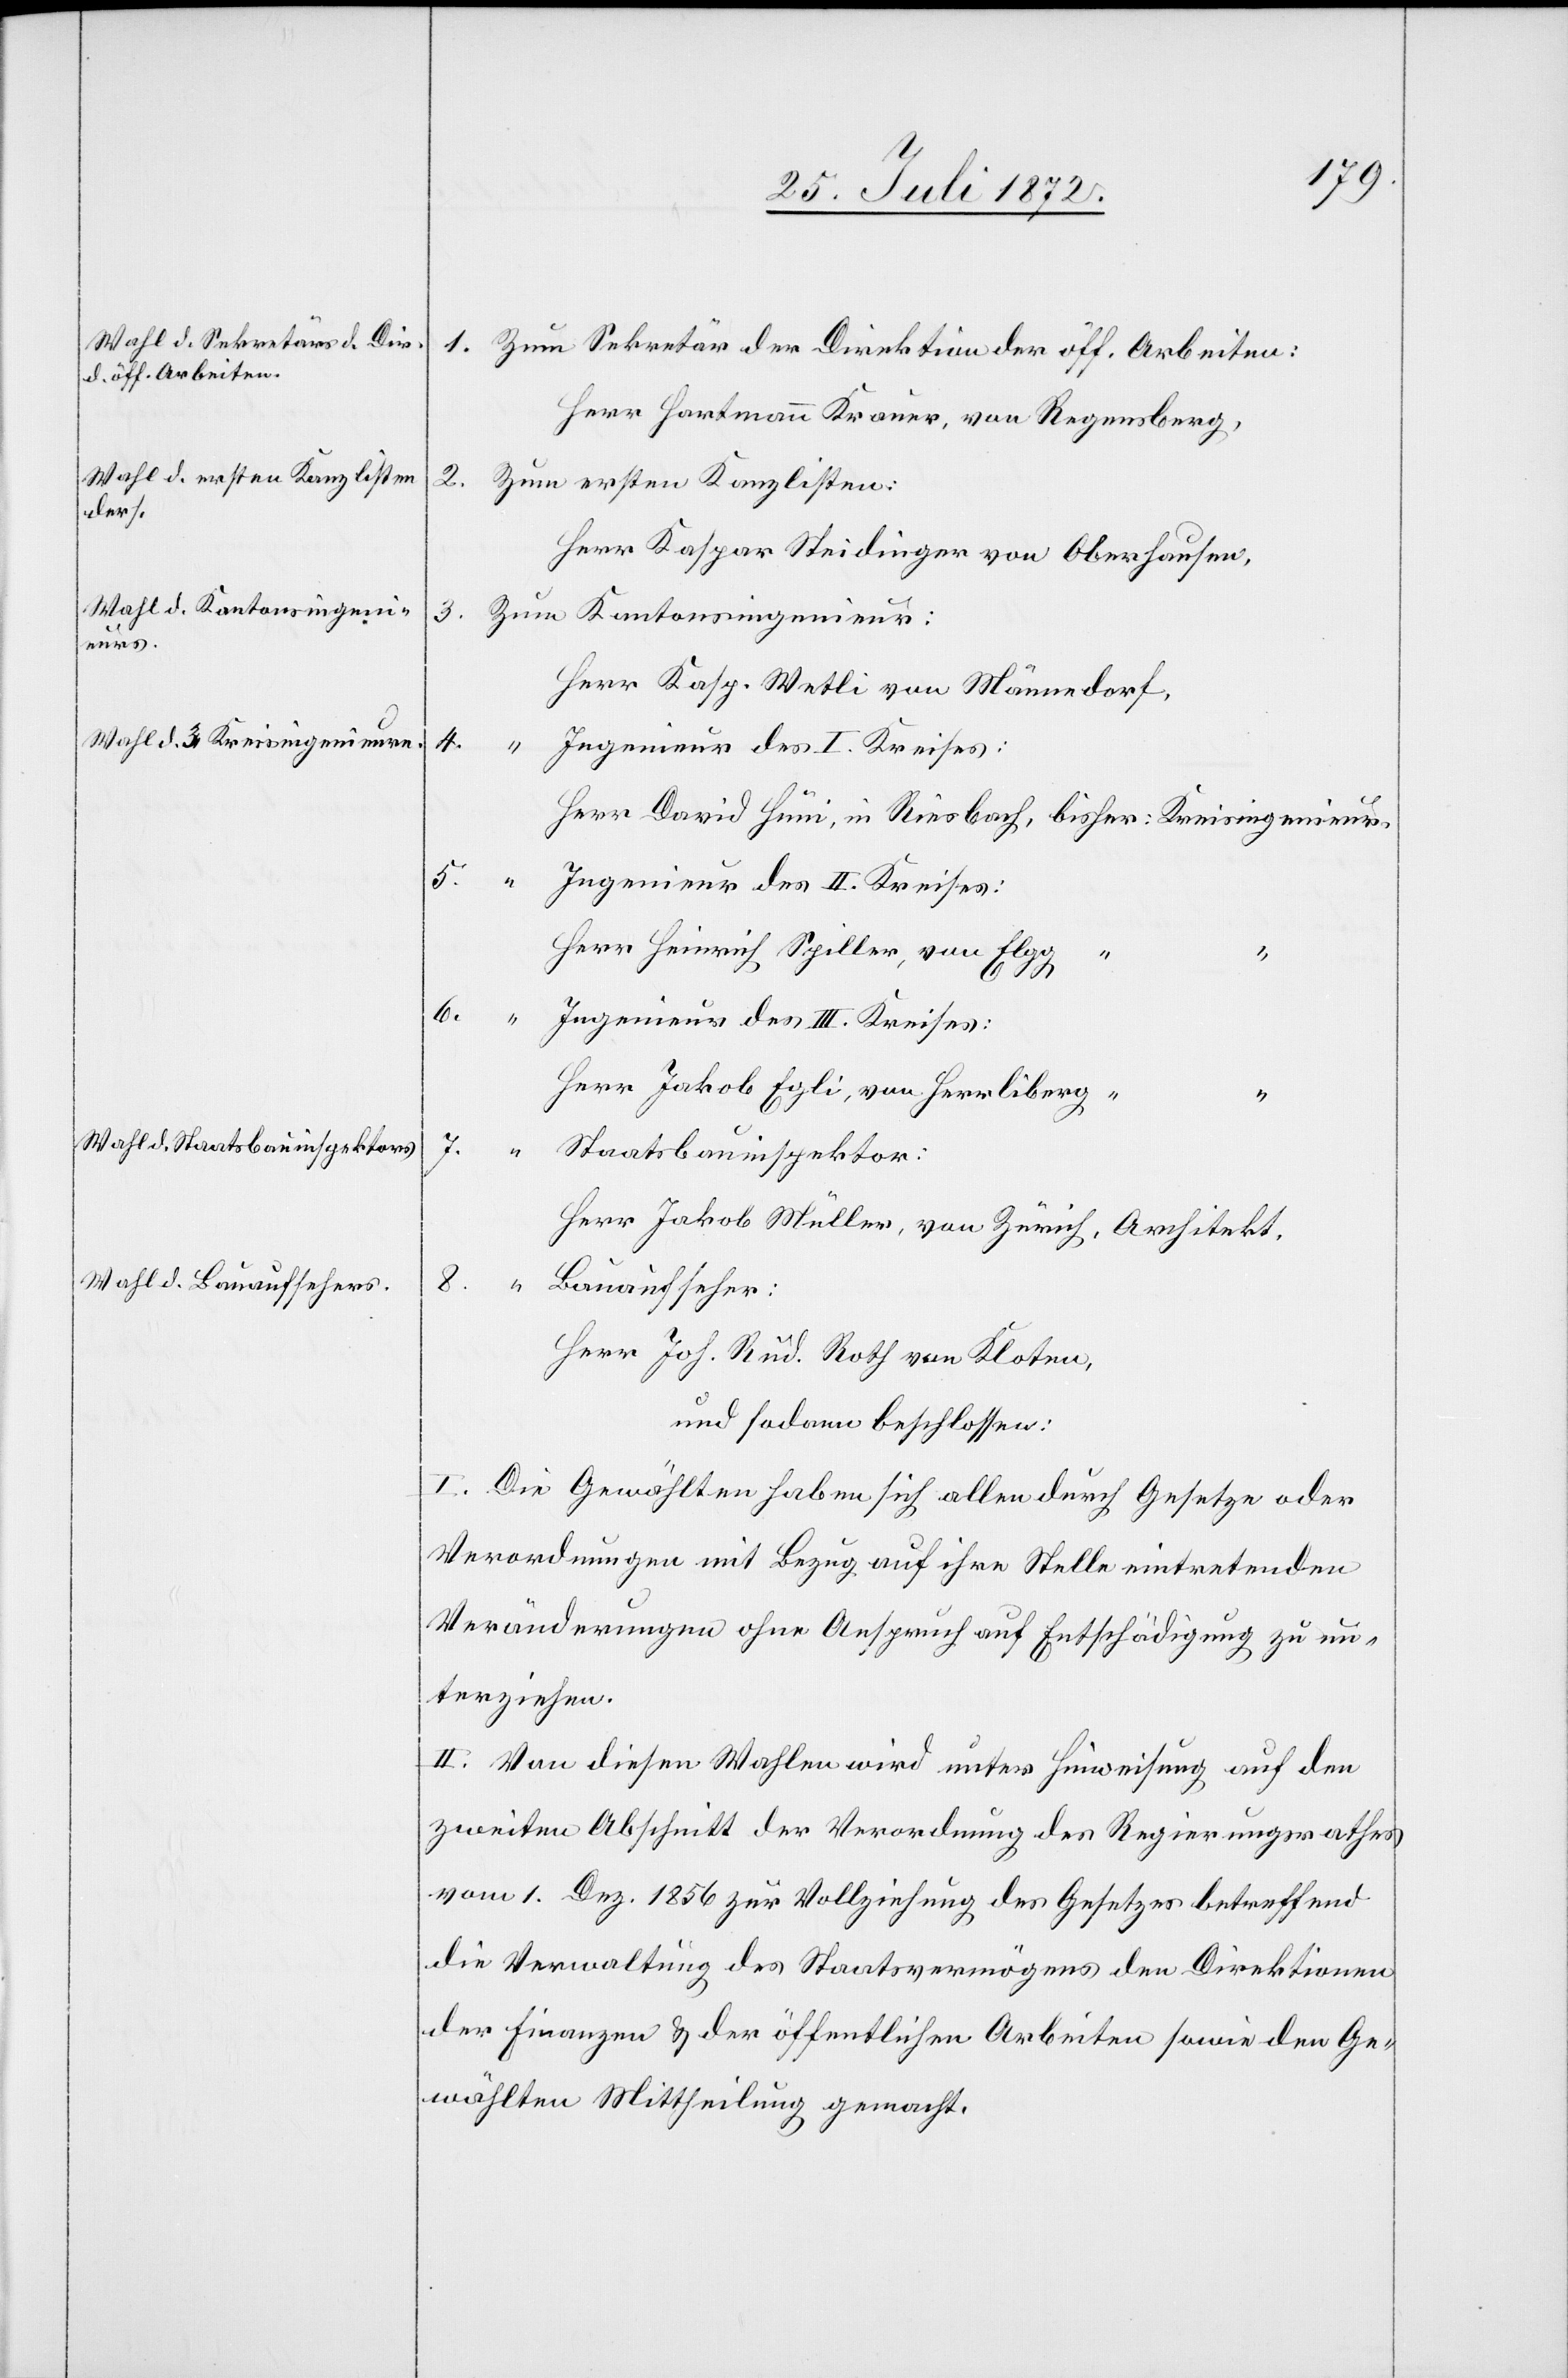
2.

1.

Zum Sekretär der Direktion der öff. Arbeiten:
Herr Hartmann Krauer, von Regensberg,
Zum ersten Kanzlisten:
Herr Kaspar Steidinger von Oberhausen,
Zum Kantonsingenieur:
Herr Kasp. Wetli von Männedorf,
4.
Ingenieur des I. Kreises:
Herr David Hüni, in Riesbach, bisher: Kreisingenieur.
Ingenieur des II. Kreises:
Herr Heinrich Spiller, von Elgg
6.
Ingenieur des III. Kreises:
Herr Jakob Egli, von Herrliberg “
7.
Staatsbauinspektor:
Herr Jakob Müller, von Zürich, Architekt.
8.
Bauaufseher:
Herr Joh. Rud. Roth von Kloten,
und sodann beschlossen:
I. Die Gewählten haben sich allen durch Gesetze oder
Verordnungen mit Bezug auf ihre Stelle eintretenden
Veränderungen ohne Anspruch auf Entschädigung zu un¬
terziehen.
II. Von diesen Wahlen wird unter Hinweisung auf den
zweiten Abschnitt der Verordnung des Regierungsrathes
vom 1. Dez. 1856 zur Vollziehung des Gesetzes betreffend
die Verwaltung des Staatsvermögens den Direktionen
der Finanzen u. der öffentlichen Arbeiten sowie den Ge¬
wählten Mittheilung gemacht.